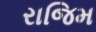
રાજિમ